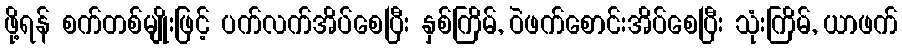
ဖို့ရန် စက်တစ်မျိုးဖြင့် ပက်လက်အိပ်စေပြီး နှစ်ကြိမ်, ဝဲဖက်စောင်းအိပ်စေပြီး သုံးကြိမ်, ယာဖက်